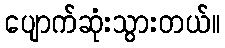
ပျောက်ဆုံးသွားတယ်။